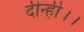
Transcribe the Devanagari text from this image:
दीन्ही।।